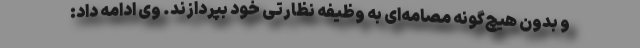
و بدون هیچ‌گونه مصامه‌ای به وظیفه نظارتی خود بپردازند. وی ادامه داد: